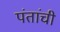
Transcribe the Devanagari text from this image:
पंतांची